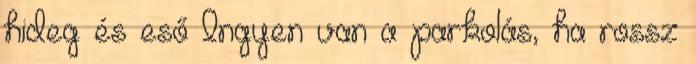
hideg és eső Ingyen van a parkolás, ha rossz